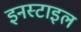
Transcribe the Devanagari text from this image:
इनस्टाइल